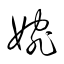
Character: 婉